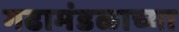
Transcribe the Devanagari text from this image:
गढामंडळाच्या